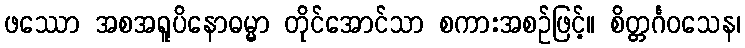
ဖဿော အစအရူပိနောဓမ္မာ တိုင်အောင်သာ စကားအစဉ်ဖြင့်။ စိတ္တင်္ဂဝသေန၊